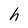
Character: h